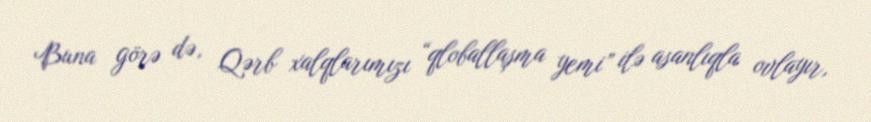
Buna görə də, Qərb xalqlarımızı “qloballaşma yemi” ilə asanlıqla ovlayır,